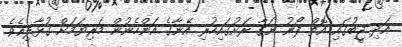
އަދި ޖީބުގައި އޮތް ފޯނު ނަގާ ރަށުގައިހުރި އޭނާގެ އަންހެނުން މަރިޔަމަށް ގުޅާލިއެވެ.